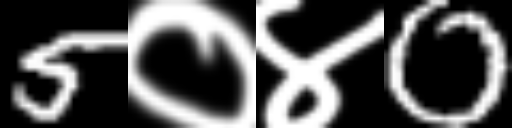
Text: 5०४0